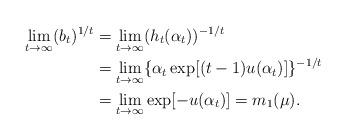
LaTeX: \begin{align*}\lim_{t\rightarrow \infty}(b_t)^{1/t} &=\lim_{t\rightarrow\infty}(h_t(\alpha_t))^{-1/t}\\ &=\lim_{t\rightarrow\infty}\{\alpha_t\exp[(t-1)u(\alpha_t)]\}^{-1/t}\\ &=\lim_{t\rightarrow\infty}\exp[-u(\alpha_t)]=m_1(\mu).\end{align*}